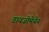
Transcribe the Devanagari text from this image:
डायज़ोमेथेन